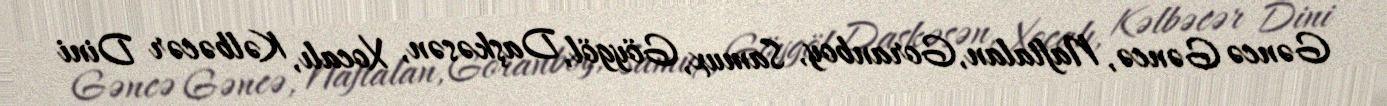
Gəncə Gəncə, Naftalan, Goranboy, Samux, Göygöl, Daşkəsən, Xocalı, Kəlbəcər Dini